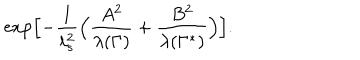
\exp \Bigl [ - { \frac { 1 } { \ell _ { s } ^ { 2 } } } \Bigl ( { \frac { A ^ { 2 } } { \lambda ( \Gamma ) } } + { \frac { B ^ { 2 } } { \lambda ( \Gamma ^ { * } ) } } \Bigr ) \Bigr ] .